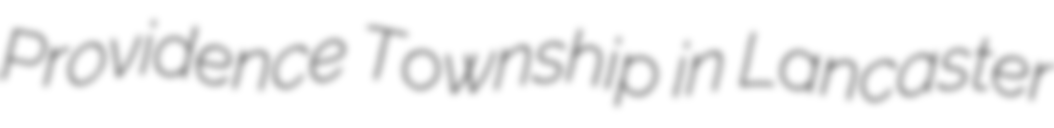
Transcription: Providence Township in Lancaster